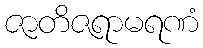
ဇာတိဇရာမရဏံ